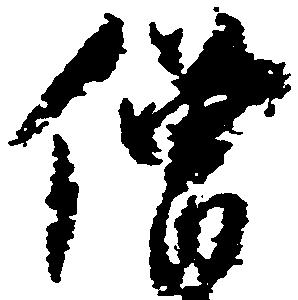
僧